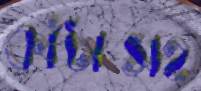
কাঁটাসহ